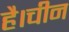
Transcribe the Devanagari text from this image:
है।चीन